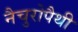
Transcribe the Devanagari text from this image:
नैचुरोपैथी